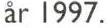
år 1997.